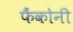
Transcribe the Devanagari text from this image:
फैंकोनी